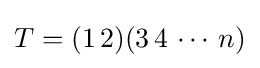
T=(1\,2)(3\,4\,\cdots \,n)